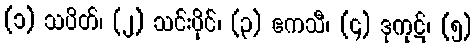
(၁) သပိတ်၊ (၂) သင်းပိုင်၊ (၃) ဧကသီ၊ (၄) ဒုကုဋ်၊ (၅)